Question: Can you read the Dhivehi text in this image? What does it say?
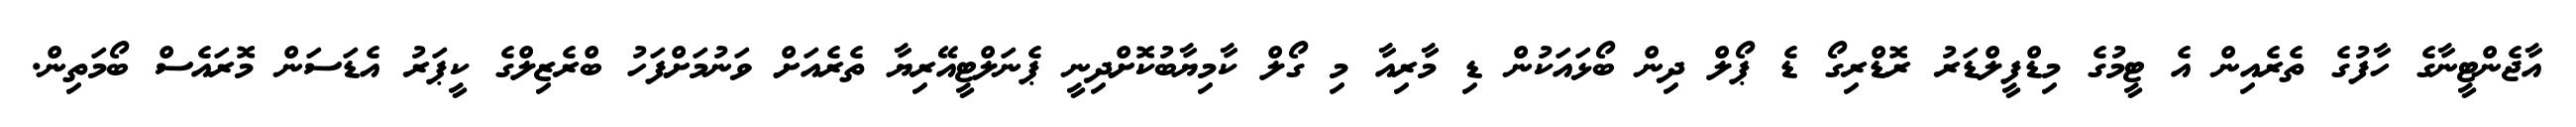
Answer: އާޖެންޓީނާގެ ހާފުގެ ތެރެއިން އެ ޓީމުގެ މިޑްފީލްޑަރު ރޮޑްރިގޯ ޑެ ޕޯލް ދިން ބޯޅައަކުން ޑި މާރިއާ މި ގޯލް ކާމިޔާބުކޮށްދިނީ ޕެނަލްޓީއޭރިޔާ ތެރެއަށް ވަނުމަށްފަހު ބްރެޒިލްގެ ކީޕަރު އެޑަސަން މޮރައެސް ބޯމަތިން.